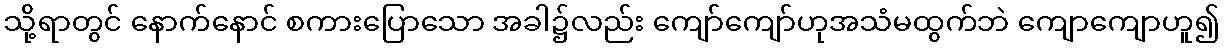
သို့ရာတွင် နောက်နောင် စကားပြောသော အခါ၌လည်း ကျော်ကျော်ဟုအသံမထွက်ဘဲ ကျောကျောဟူ၍